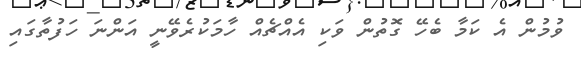
ވުމުން އެ ކަމާ ބެހޭ ގޮތުން ވަކި އެއްޗެއް ހާމަކުރެވޭނީ އަންނަ ހަފުތާގައި